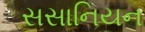
સસાનિયન